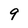
Character: 9